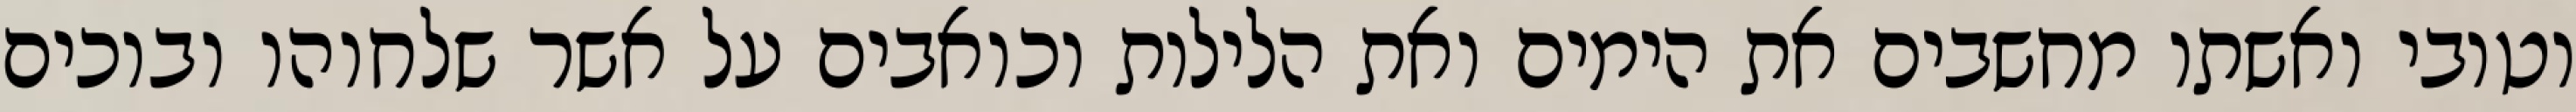
וטובי ואשתו מחשבים את הימים ואת הלילות וכואבים על אשר שלחוהו ובוכים